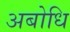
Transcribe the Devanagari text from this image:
अबोधि